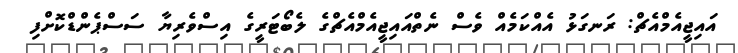
އައިޖީއެމްއެޗް: ރަނގަޅު އެއްކަމެއް ވެސް ނެތްއައިޖީއެމްއެޗްގެ ލެބޯޓަރީގެ އިސްވެރިޔާ ސަސްޕެންޑްކޮށްފި